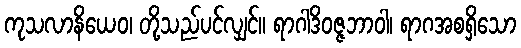
ကုသလာနိယေဝ၊ တို့သည်ပင်လျှင်။ ရာဂါဒိဝဇ္ဇဘာဝါ၊ ရာဂအစရှိသော